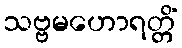
သဗ္ဗမဟောရတ္တိံ